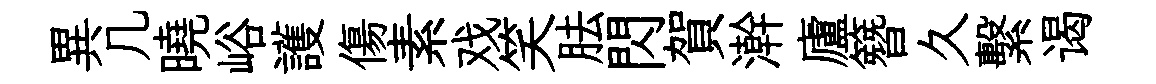
異几曉峪護傷素戏笑胠閃賀澣廬簪久繫谒